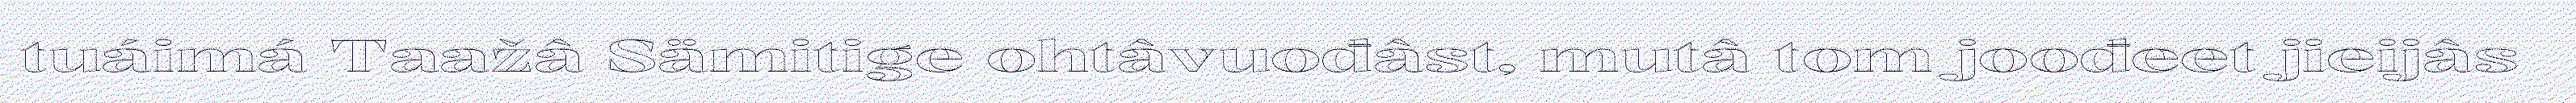
tuáimá Taažâ Sämitige ohtâvuođâst, mutâ tom joođeet jieijâs